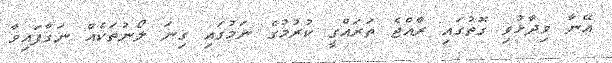
އޭނާ ވިދާޅުވި ގޮތުގައި ރާއްޖެ ތަރައްގީ ކުރުމުގެ ނަމުގައި ގިނަ ލޯނުތަކެއް ނަގާފައިވާ